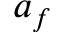
a _ { f }